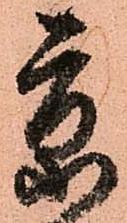
京